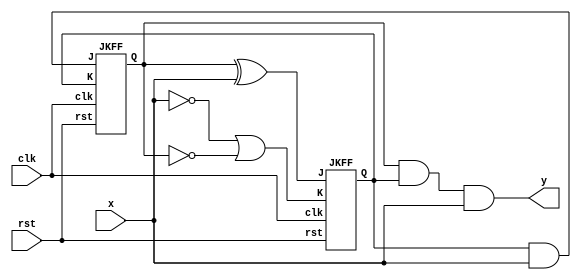
// Mealy FSM to detect 1101 in a bitstream
// Modelled using JK Flip flops

module mealy_1101_jk (
	input x, clk, rst,
	output y
);

	wire A, B;
	wire Ja, Ka, Jb, Kb;

	assign Ja = B && x;
	assign Ka = B;
	assign Jb = A ^ x;
	assign Kb = !x || !A;
	assign y = A && B && x;

	JKFF J1 (Ja, Ka, clk, rst, A);
	JKFF J2 (Jb, Kb, clk, rst, B);

endmodule

module JKFF (
	input J, K, clk, rst,
	output reg Q
);

	always @ (posedge clk, negedge rst)
		if (!rst) Q <= 0;
		else case ({J, K})
			2'b00 : Q <= Q;
			2'b01 : Q <= 0;
			2'b10 : Q <= 1;
			2'b11 : Q <= !Q;
		endcase
endmodule